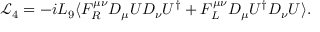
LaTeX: \mathcal { L } _ { 4 } = - i L _ { 9 } \langle F _ { R } ^ { \mu \nu } D _ { \mu } U D _ { \nu } U ^ { \dagger } + F _ { L } ^ { \mu \nu } D _ { \mu } U ^ { \dagger } D _ { \nu } U \rangle .